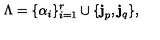
\Lambda = \{ \alpha _ { i } \} _ { i = 1 } ^ { r } \cup \{ { \bf j } _ { p } , { \bf j } _ { q } \} ,